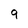
Character: q